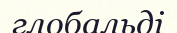
глобальді